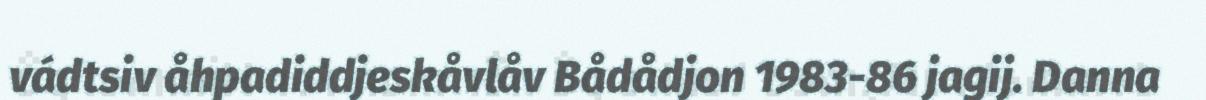
vádtsiv åhpadiddjeskåvlåv Bådådjon 1983-86 jagij. Danna